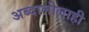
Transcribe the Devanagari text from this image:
अब्दालीलाही